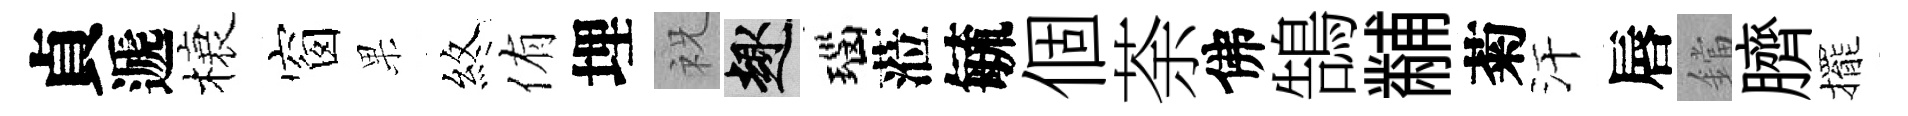
貞遞榱窗果煞侑埋祝趣瑙蒞毓個荼佛鵠黼菊汗唇鐺臍擺